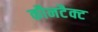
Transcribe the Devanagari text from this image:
कौनटैक्ट